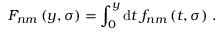
F _ { n m } \left( y , \sigma \right) = \int _ { 0 } ^ { y } \mathrm { d } t \; f _ { n m } \left( t , \sigma \right) \, .